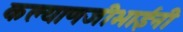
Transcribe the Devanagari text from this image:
कल्याणजीभाईंनी